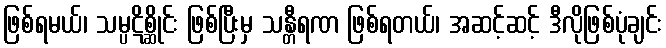
ဖြစ်ရမယ်၊ သမ္ပဋိစ္ဆိုင်း ဖြစ်ပြီးမှ သန္တီရဏ ဖြစ်ရတယ်၊ အဆင့်ဆင့် ဒီလိုဖြစ်ပုံချင်း